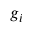
g _ { i }